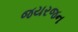
જયરજન